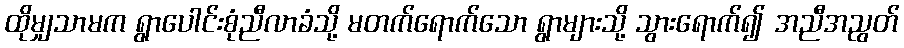
ထိုမျှသာမက ရွာပေါင်းစုံညီလာခံသို့ မတက်ရောက်သော ရွာများသို့ သွားရောက်၍ အညီအညွတ်